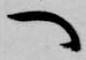
へ